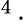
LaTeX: ^4\, \cdot